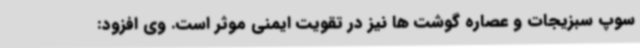
سوپ سبزیجات و عصاره گوشت ها نیز در تقویت ایمنی موثر است. وی افزود: